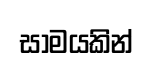
සාමයකින්